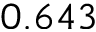
0 . 6 4 3